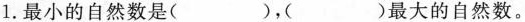
1.最小的自然数是( )，( )最大的自然数。